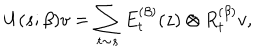
LaTeX: U ( s ; \beta ) v = \sum _ { t \sim s } E _ { t } ^ { ( \beta ) } ( z ) \otimes R _ { t } ^ { ( \beta ) } v ,